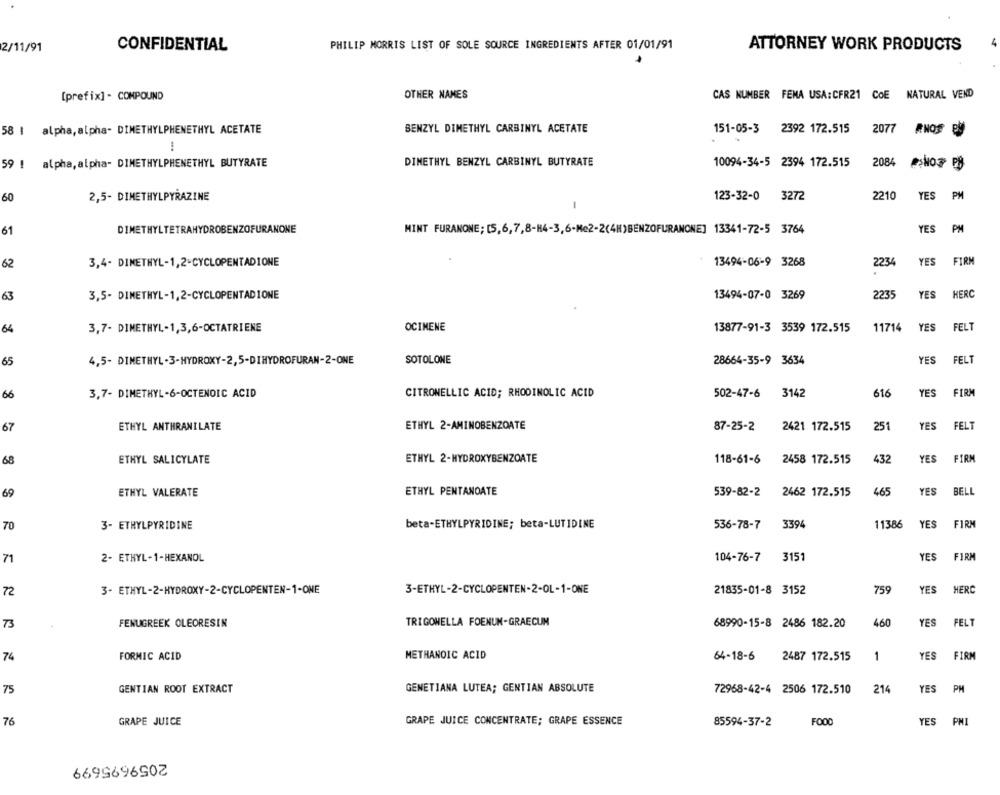
2/11/91
CONFIDENTIAL
PHILIP MORRIS LIST OF SOLE SOURCE INGREDIENTS AFTER 01/01/91
ATTORNEY WORK PRODUCTS
OTHER NAMES
CAS NUMBER FEMA USA:CFR21 COE NATURAL VEND
[prefix] - COMPOUND
58 | alpha, alpha- DIMETHYLPHENETHYL ACETATE
BENZYL DIMETHYL CARBINYL ACETATE
151-05-3
2392 172.515
2077
ANOS By
!
59 ! alpha, alpha- DIMETHYLPHENETHYL BUTYRATE
DIMETHYL BENZYL CARBINYL BUTYRATE
10094-34-5 2394 172.515
2084
60
2,5- DIMETHYLPYRAZINE
123-32-0 3272
2210
YES
PM
-
61
DIMETHYLTETRAHYDROBENZOFURANONE
MINT FURANONE; [5,6,7,8-84-3,6-Me2-2(4H)BENZOFURANONE] 13341-72-5 3764
YES
PM
3,4- DIMETHYL-1,2-CYCLOPENTADIONE
13494-06-9 3268
2234
YES
FIRM
62
3,5- DIMETHYL-1,2-CYCLOPENTADIONE
13494-07-0 3269
2235
YES
HERC
63
YES
FELT
64
3,7- DIMETHYL-1,3,6-OCTATRIENE
OCIMENE
13877-91-3 3539 172.515
11714
FELT
65
4,5- DIMETHYL-3-HYDROXY-2,5-DIHYDROFURAN-2-ONE
SOTOLONE
28664-35-9 3634
YES
66
3,7- DIMETHYL-6-OCTENOIC ACID
CITRONELLIC ACID; RHODINOLIC ACID
502-47-6 3142
616
YES
FIRM
67
ETHYL ANTHRANILATE
ETHYL 2-AMINOBENZOATE
87-25-2
2421 172.515
251
YES
FELT
68
ETHYL SALICYLATE
ETHYL 2-HYDROXYBENZOATE
118-61-6
2458 172.515
432
YES
FIRM
69
ETHYL VALERATE
ETHYL PENTANOATE
539-82-2
2462 172.515
465
YES
BELL
70
3- ETHYLPYRIDINE
beta-ETHYLPYRIDINE; beta-LUTIDINE
536-78-7
3394
11386
YES
FIRM
2- ETHYL-1-HEXANOL
104-76-7
3151
YES
FIRM
71
YES
MERC
72
3- ETHYL-2-HYDROXY-2-CYCLOPENTEN-1-ONE
3-ETHYL-2-CYCLOPENTEN-2-OL-1-ONE
21835-01-8 3152
759
73
FENUGREEK OLEORESIN
TRIGONELLA FOENUN-GRAECUM
68990-15-8 2486 182.20
460
YES
FELT
74
FORMIC ACID
METHANOIC ACID
64-18-6
2487 172.515
1
YES
FIRM
75
GENTIAN ROOT EXTRACT
GENETIANA LUTEA; GENTIAN ABSOLUTE
72968-42-4 2506 172.510
214
YES
PH
76
GRAPE JUICE
GRAPE JUICE CONCENTRATE; GRAPE ESSENCE
85594-37-2
FOOD
YES
PMI
2059695699